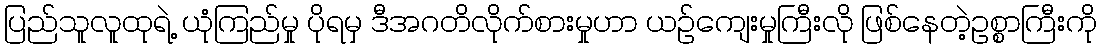
ပြည်သူလူထုရဲ့ ယုံကြည်မှု ပိုရမှ ဒီအဂတိလိုက်စားမှုဟာ ယဉ်ကျေးမှုကြီးလို ဖြစ်နေတဲ့ဥစ္စာကြီးကို